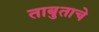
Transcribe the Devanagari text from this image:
ताबुताचे